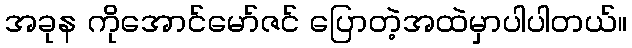
အခုန ကိုအောင်မော်ဇင် ပြောတဲ့အထဲမှာပါပါတယ်။